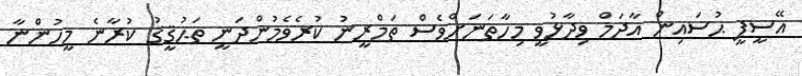
އޭސީޕީ ޙުސައިން އާދަމް ވިދާޅުވީ މިހާތަނަށްވެސް ތަމްރީނު ކުރެވެމުންދަނީ ތަޙުޤީޤު ކުރާނެ މީހުންނާ